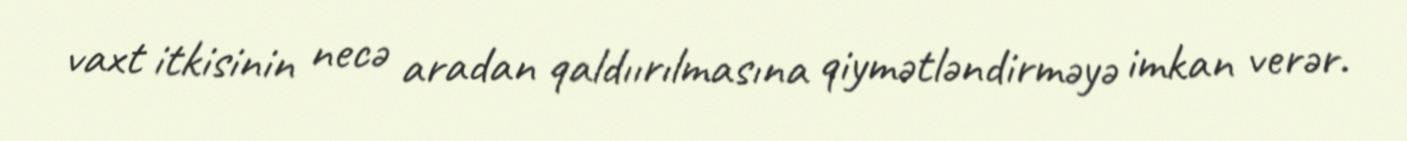
vaxt itkisinin necə aradan qaldıırılmasına qiymətləndirməyə imkan verər.